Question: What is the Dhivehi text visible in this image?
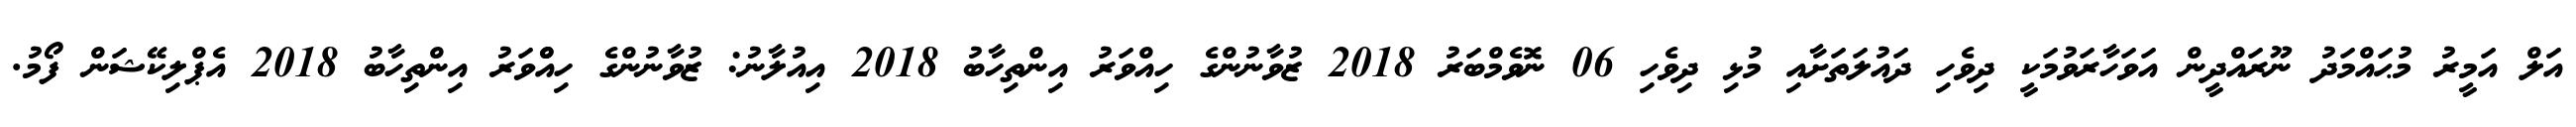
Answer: އަލް އަމީރު މުޙައްމަދު ނޫރައްދީން އަވަހާރަވުމަކީ ދިވެހި ދައުލަތަށާއި މުޅި ދިވެހި 06 ނޮވެމްބަރު 2018 ޒުވާނުންގެ ހިއްވަރު އިންތިހާބު 2018 އިއުލާނު: ޒުވާނުންގެ ހިއްްވަރު އިންތިހާބު 2018 އެޕްލިކޭޝަން ފޯމު.